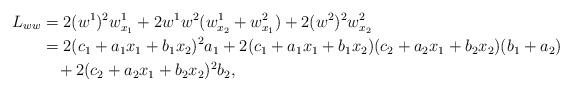
LaTeX: \begin{align*}L_{ww} &= 2 (w^1)^2w^1_{x_1} + 2w^1w^2(w^1_{x_2} + w^2_{x_1}) + 2(w^2)^2 w^2_{x_2} \\ &= 2(c_1+a_1x_1 + b_1x_2)^2a_1 + 2( c_1+a_1x_1 + b_1x_2)( c_2+a_2x_1 +b_2x_2)(b_1+a_2)\\&\:\:\:\: + 2 (c_2+a_2x_1 +b_2x_2)^2b_2, \end{align*}